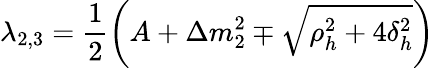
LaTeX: \lambda_{2,3}=\frac{1}{2}\left(A+\Delta m_{2}^{2}\mp\sqrt{\rho_{h}^{2}+4\delta_{h}^{2}}\right)